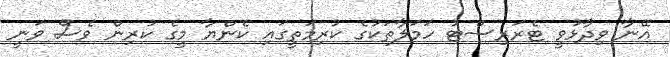
އޭނާ ވިދާޅުވީ ޓެރަރިސްޓު ހަމަލާތަކުގެ ކުރިމަތީގައި ކެންޔާ މީގެ ކުރިން ވެސް ވަނީ